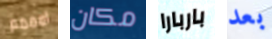
امممم مكان باربارا بعد